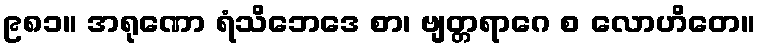
၉၈၁။ အရုဏော ရံသိဘေဒေ စာ၊ ဗျတ္တရာဂေ စ လောဟိတေ။